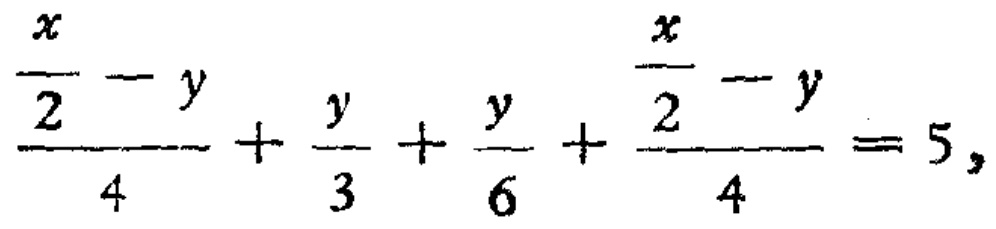
\frac{\frac{x}{2}-y}{4}+\frac{y}{3}+\frac{y}{6}+\frac{\frac{x}{2}-y}{4}=5,